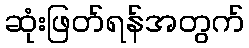
ဆုံးဖြတ်ရန်အတွက်